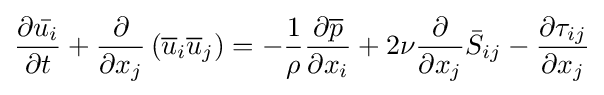
{\frac {\partial {\bar {u_{i}}}}{\partial t}}+{\frac {\partial }{\partial x_{j}}}\left({\overline {u}}_{i}{\overline {u}}_{j}\right)=-{\frac {1}{\rho }}{\frac {\partial {\overline {p}}}{\partial x_{i}}}+2\nu {\frac {\partial }{\partial x_{j}}}{\bar {S}}_{ij}-{\frac {\partial \tau _{ij}}{\partial x_{j}}}